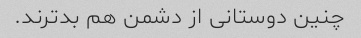
چنین دوستانی از دشمن هم بدترند.